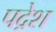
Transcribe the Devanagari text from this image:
पद्रेश